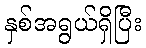
နှစ်အရွယ်ရှိပြီး